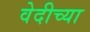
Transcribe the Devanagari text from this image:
वेदीच्या